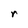
Character: r